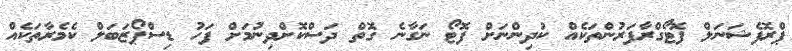
ޕްރޮފެޝަނަލް ފޮޓޯގްރާފަރުންތަކެއް ކުދިންނަށް ފޮޓޯ ނަގާނެ ގޮތް ދަސްކޮށްދިނުމަށް ފަހު ޑިސްޕޯޒަބަލް ކެމެރާތަކެއް